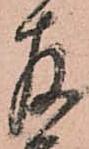
存